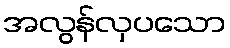
အလွန်လှပသော